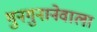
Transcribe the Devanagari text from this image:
गुनगुनानेवाला